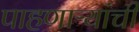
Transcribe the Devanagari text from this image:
पाहणाऱ्यांची